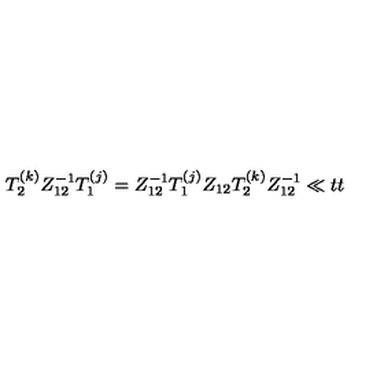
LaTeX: T _ { 2 } ^ { ( k ) } Z _ { 1 2 } ^ { - 1 } T _ { 1 } ^ { ( j ) } = Z _ { 1 2 } ^ { - 1 } T _ { 1 } ^ { ( j ) } Z _ { 1 2 } T _ { 2 } ^ { ( k ) } Z _ { 1 2 } ^ { - 1 } \ll { t t }